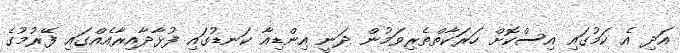
އަދި އެ ކަމުގައި އިސްކޮށް ހަރަކާތްތެރިވަމުން ދަނީ އިންޑިއާ ކަނޑުގައި ފުޅާދާއިރާއެއްގައި ފޭރުމުގެ